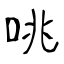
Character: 咷